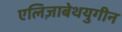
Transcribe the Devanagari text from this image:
एलिज़ाबेथयुगीन